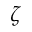
\zeta